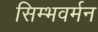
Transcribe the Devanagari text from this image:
सिम्भवर्मन